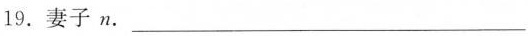
19. 妻子 n. ___